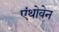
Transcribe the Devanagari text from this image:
एंथोवेन